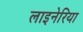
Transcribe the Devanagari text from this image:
लाइनेरिया